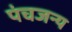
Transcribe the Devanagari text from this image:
पंचजन्य